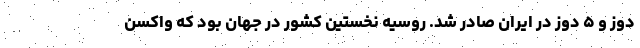
دوز و ۵ دوز در ایران صادر شد. روسیه نخستین کشور در جهان بود که واکسن